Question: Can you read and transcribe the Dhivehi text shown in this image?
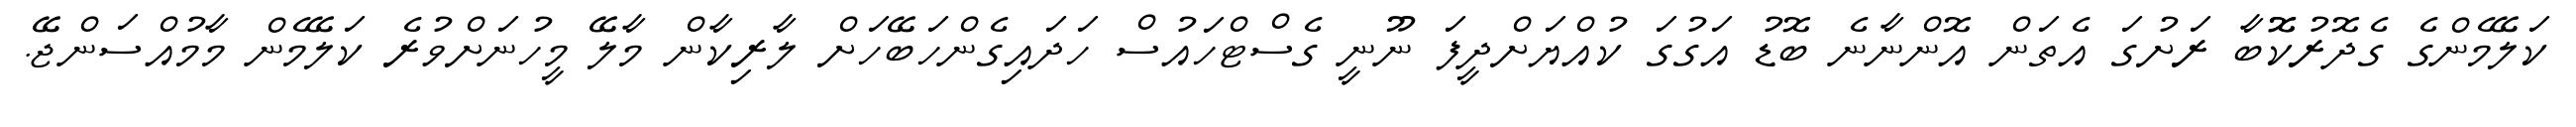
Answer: ކަލޭމެންގެ ގެދޮރުކޮޮބާ ރަށުގަ އެތަން އޮންނާނެ ބޮޑު އަގުގަ ކުއްޔަށްދީފަ ނޫނީ ގެސްޓްހައުސް ހަދައިގެންހަބޭހަށް ލާރިކާން މާލޭ މީހުނަށްވުރެ ކަލޭމެން މާމުއްސަންޖޭ.